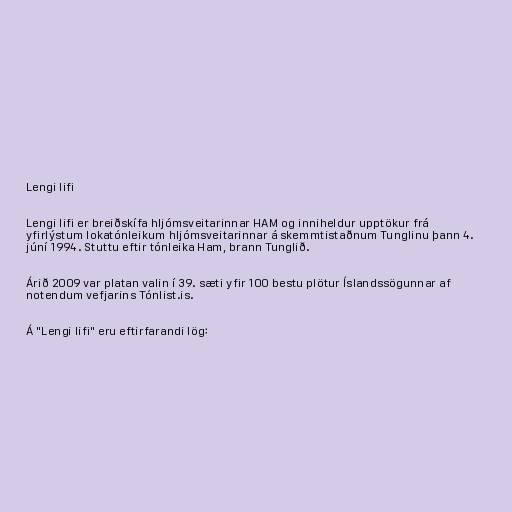
Lengi lifi

Lengi lifi er breiðskífa hljómsveitarinnar HAM og inniheldur upptökur frá
yfirlýstum lokatónleikum hljómsveitarinnar á skemmtistaðnum Tunglinu þann 4.
júní 1994. Stuttu eftir tónleika Ham, brann Tunglið.

Árið 2009 var platan valin í 39. sæti yfir 100 bestu plötur Íslandssögunnar af
notendum vefjarins Tónlist.is.

Á "Lengi lifi" eru eftirfarandi lög: